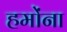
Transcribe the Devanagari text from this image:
हमोंना